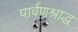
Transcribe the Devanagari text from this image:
पार्वणश्राद्ध